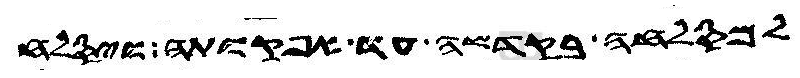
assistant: למסלחה בקדשה עד אפקותה ויסלח